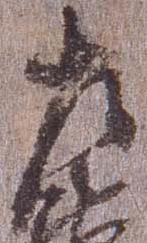
左